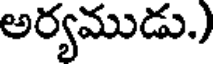
అర్యముడు.)